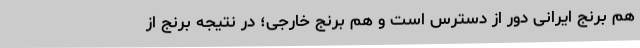
هم برنج ایرانی دور از دسترس است و هم برنج خارجی؛ در نتیجه برنج از